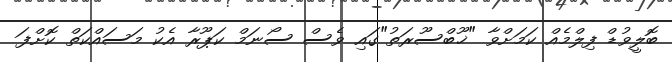
ބޮލީވުޑް ފިލްމެއް ކަމަށްވާ "ޚޫބްސޫރަތު"ގައި ވެސް ސޯނަމް ކަޕޫރާ އެކު މަސައްކަތް ކޮށްފަ